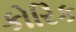
કોરિક